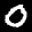
Label: 0